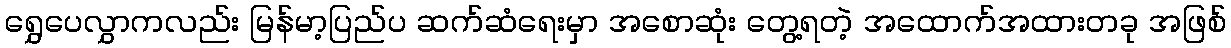
ရွှေပေလွှာကလည်း မြန်မာ့ပြည်ပ ဆက်ဆံရေးမှာ အစောဆုံး တွေ့ရတဲ့ အထောက်အထားတခု အဖြစ်